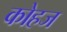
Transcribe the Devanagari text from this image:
कोहज